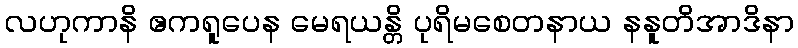
လဟုကာနိ ဧကရူပေန မေရယန္တိ ပုရိမစေတနာယ နနူတိအာဒိနာ